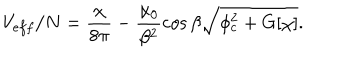
V _ { e f f } / N = \frac { \chi } { 8 \pi } - \frac { \alpha _ { 0 } } { \beta ^ { 2 } } \cos \beta \sqrt { \phi _ { c } ^ { 2 } + G [ \chi ] } .